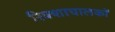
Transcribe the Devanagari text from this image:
रिक्शाचालकों